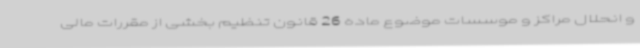
و انحلال مراکز و موسسات موضوع ماده 26 قانون تنظیم بخشی از مقررات مالی